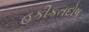
હકીકતદોષ